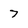
Character: 7